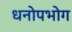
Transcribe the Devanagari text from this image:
धनोपभोग